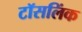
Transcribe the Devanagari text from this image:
टॉसलिंक